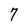
Character: 7